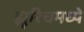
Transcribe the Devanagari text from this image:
झूरिचमध्ये